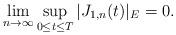
LaTeX: \begin{align*} \lim_{n \to \infty} \sup_{0\le t \le T} |J_{1,n}(t)|_E =0.\end{align*}